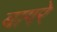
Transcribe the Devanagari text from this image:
बागरे